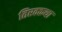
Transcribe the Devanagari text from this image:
तिरक्कथा